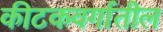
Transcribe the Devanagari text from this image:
कीटकवर्गातील